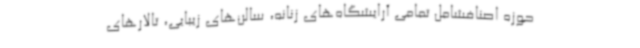
حوزه اصنافشامل تمامی آرایشگاه‌های زنانه، سالن‌های زیبایی، تالارهای